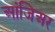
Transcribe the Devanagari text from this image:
आंजिअर